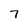
Character: 7